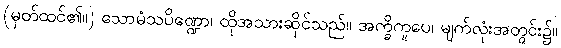
(မှတ်ထင်၏။) သောမံသပိဏ္ဍော၊ ထိုအသားဆိုင်သည်။ အက္ခိကူပေ၊ မျက်လုံးအတွင်း၌။